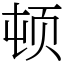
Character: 顿